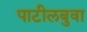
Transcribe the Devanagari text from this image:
पाटीलबुवा